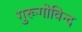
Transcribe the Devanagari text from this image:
गुरूगोविन्द